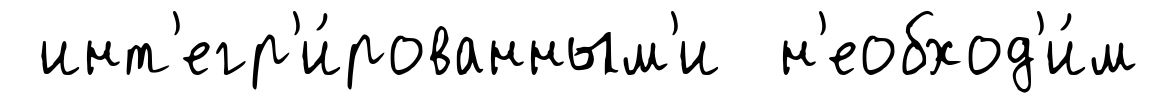
инт'егр'и́рованным'и н'еобход'и́м